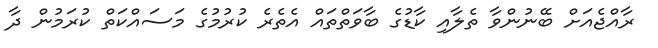
ރާއްޖެއަށް ބޭނުންވާ ތެލާއި ކާޑުގެ ބާވަތްތައް އެތެރެ ކުރުމުގެ މަސައްކަތް ކުރަމުން ދާ